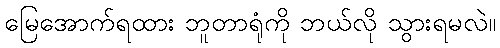
မြေအောက်ရထား ဘူတာရုံကို ဘယ်လို သွားရမလဲ။